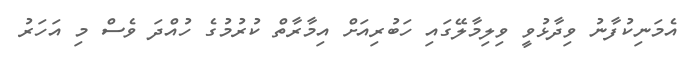
އެމަނިކުފާނު ވިދާޅުވީ ވިލިމާލޭގައި ހަބުރިއަށް އިމާރާތް ކުރުމުގެ ހުއްދަ ވެސް މި އަހަރު